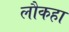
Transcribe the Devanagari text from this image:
लौकहा